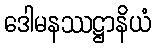
ဒေါမနဿဋ္ဌာနိယံ